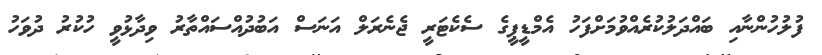
ފުލުހުންނާއި ބައްދަލުކުރެއްވުމަށްފަހު އެމްޑީޕީގެ ސެކެޓަރީ ޖެނެރަލް އަނަސް އަބުދުއްސައްތާރު ވިދާޅުވީ ހުކުރު ދުވަހު